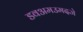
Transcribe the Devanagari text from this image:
डवअमउमदजे